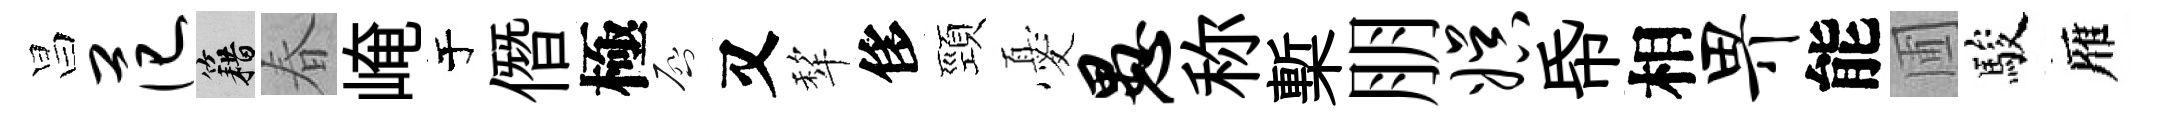
昌范籍春崦于僭極啓又犂侈頸憂愚称槧朋娱帋相畀能圃駿雁